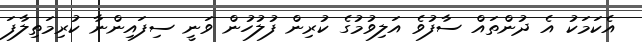
އެކަމަކު އެ ދުންތައް ސާފުވެ އަލިވުމުގެ ކުރިން ފުލުހުން ވަނީ ސިފައިންނާ ކުރިމަތިލާފަ